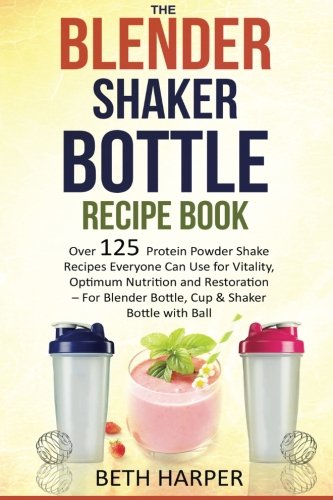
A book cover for The Blender Shaker Bottle Recipe Book: Over 125 Protein Powder Shake Recipes Everyone Can Use for Vitality, Optimum Nutrition and Restoration - for Blender Bottle, Cup & Shaker Bottle with Ball; Beth Harper; Cookbooks, Food & Wine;